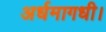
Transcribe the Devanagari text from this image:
अर्धमागधी।